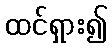
ထင်ရှား၍